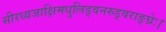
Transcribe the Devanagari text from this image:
सीरध्वजाक्षिमधुलिड्वनरुड्वराङ्घ्रेः।